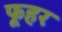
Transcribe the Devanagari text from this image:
फूहर